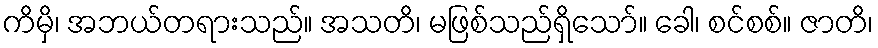
ကိမှိ၊ အဘယ်တရားသည်။ အသတိ၊ မဖြစ်သည်ရှိသော်။ ခေါ၊ စင်စစ်။ ဇာတိ၊